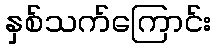
နှစ်သက်ကြောင်း